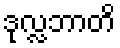
ဒုလ္လဘာတိ